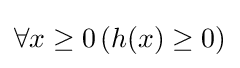
\forall x\geq 0\left(h(x)\geq 0\right)